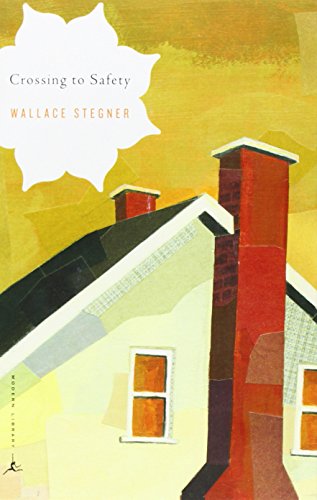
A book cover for Crossing to Safety (Modern Library Classics); Wallace Earle Stegner; Literature & Fiction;